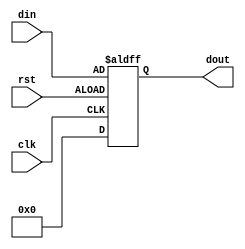
/*
    DRABALUOutDatalateD
    1		if rst=1, q0
    2		if rst=0, qd
*/
`timescale 1ns / 1ns
module DL
        (
            input [31:0] din,         //
            input rst,              //
            input clk,              //
            output reg [31:0] dout    //
        );


        always@(posedge clk,negedge rst)
            begin
                if(rst == 0)
                    dout = din;
                else
                    dout = 32'h00000000;
            end

endmodule